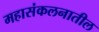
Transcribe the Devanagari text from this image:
महासंकलनातील